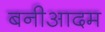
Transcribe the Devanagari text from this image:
बनीआदम